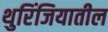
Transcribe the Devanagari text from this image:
थुरिंजियातील